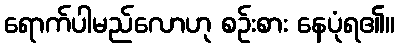
ရောက်ပါမည်လောဟု စဉ်းစား နေပုံရ၏။